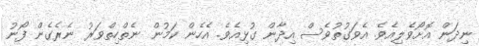
ނިދަން އޮށޯވެލިއެވެ. އެވަގުތުވެސް އިދާން ގުޅިއެވެ. އެހެން ކަމުން ނެތްހިތްވަރު ނެރެގެން ފޯނު